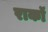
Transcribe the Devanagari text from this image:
राकॉ